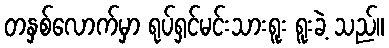
တနှစ်လောက်မှာ ရုပ်ရှင်မင်းသားရူး ရူးခဲ့ သည်။